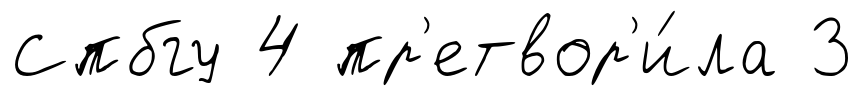
Спбгу 4 пр'етвор'и́ла 3